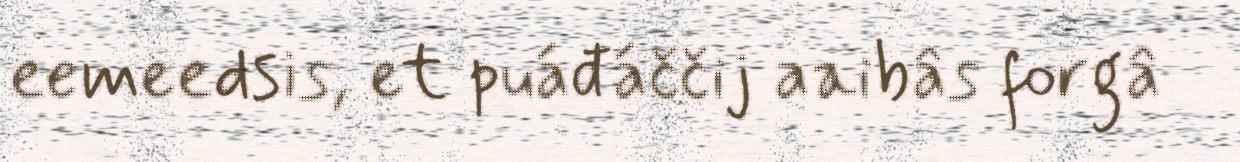
eemeedsis, et puáđáččij aaibâs forgâ